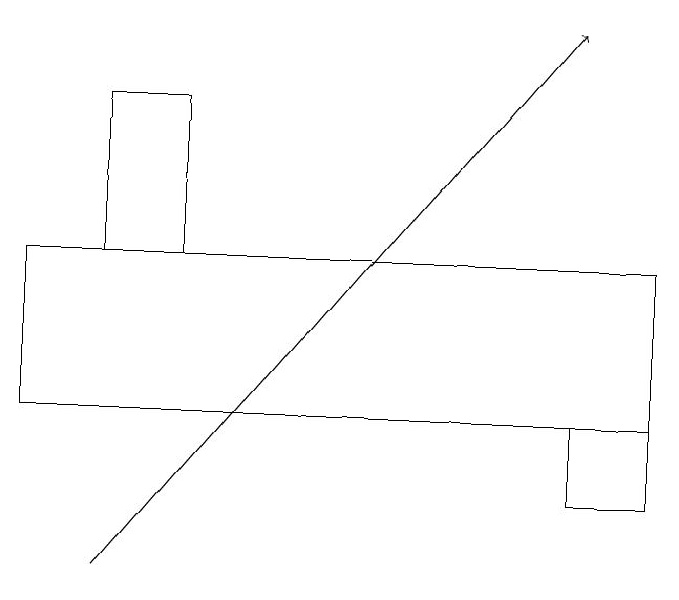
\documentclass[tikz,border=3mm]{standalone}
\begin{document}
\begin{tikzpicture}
\draw (8,14) rectangle (9,13);
\draw (9,16) rectangle (1,14);
\draw (3,16) rectangle (2,18);
\draw[->] (2,12) -- (8,19);
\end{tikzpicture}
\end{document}